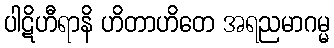
ပါဋိဟီရာနိ ဟိတာဟိတေ အရညမာဂမ္မ